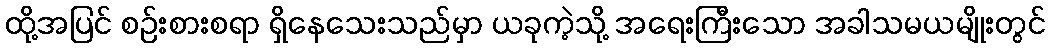
ထို့အပြင် စဉ်းစားစရာ ရှိနေသေးသည်မှာ ယခုကဲ့သို့ အရေးကြီးသော အခါသမယမျိုးတွင်